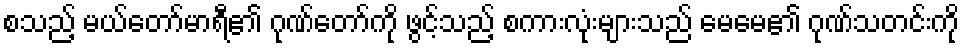
စသည့် မယ်တော်မာရီ၏ ဂုဏ်တော်ကို ဖွင့်သည့် စကားလုံးများသည် မေမေ၏ ဂုဏ်သတင်းကို